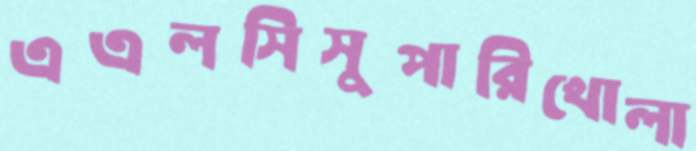
এএলসিসুপারিখোলা